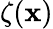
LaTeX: \zeta(\mathbf{x})